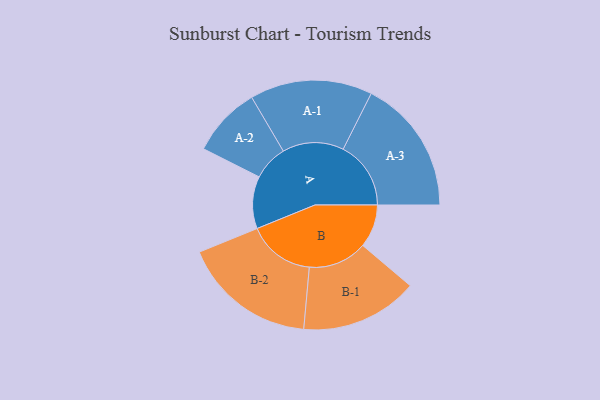
{"axis": {"x": "Segment", "y": "Value"}, "legend": ["", "A", "B"], "data": [{"x": "A", "y": 170, "type": ""}, {"x": "B", "y": 140, "type": ""}, {"x": "A-1", "y": 199, "type": "A"}, {"x": "A-2", "y": 114, "type": "A"}, {"x": "A-3", "y": 220, "type": "A"}, {"x": "B-1", "y": 191, "type": "B"}, {"x": "B-2", "y": 218, "type": "B"}]}